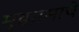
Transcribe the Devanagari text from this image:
मुक्कामाचे